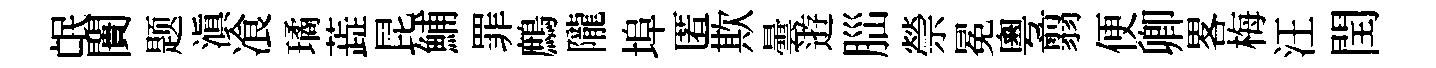
氓闠题滇飡璚蕋昆鯆罪鷓隴埠匿欺曇逰𦛁禜冕粵翦便卿畧梅汪閏